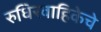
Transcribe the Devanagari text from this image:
रुधिरवाहिकेचे